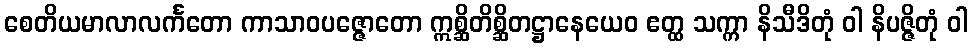
စေတိယမာလာလင်္ကတော ကာသာဝပဇ္ဇောတော ဣစ္ဆိတိစ္ဆိတဋ္ဌာနေယေဝ ဧတ္ထ သက္ကာ နိသီဒိတုံ ဝါ နိပဇ္ဇိတုံ ဝါ